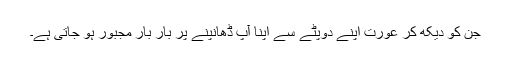
جن کو دیکھ کر عورت اپنے دوپٹے سے اپنا آپ ڈھانپنے پر بار بار مجبور ہو جاتی ہے۔